Scottish Leaving Certificate Examination, 1957
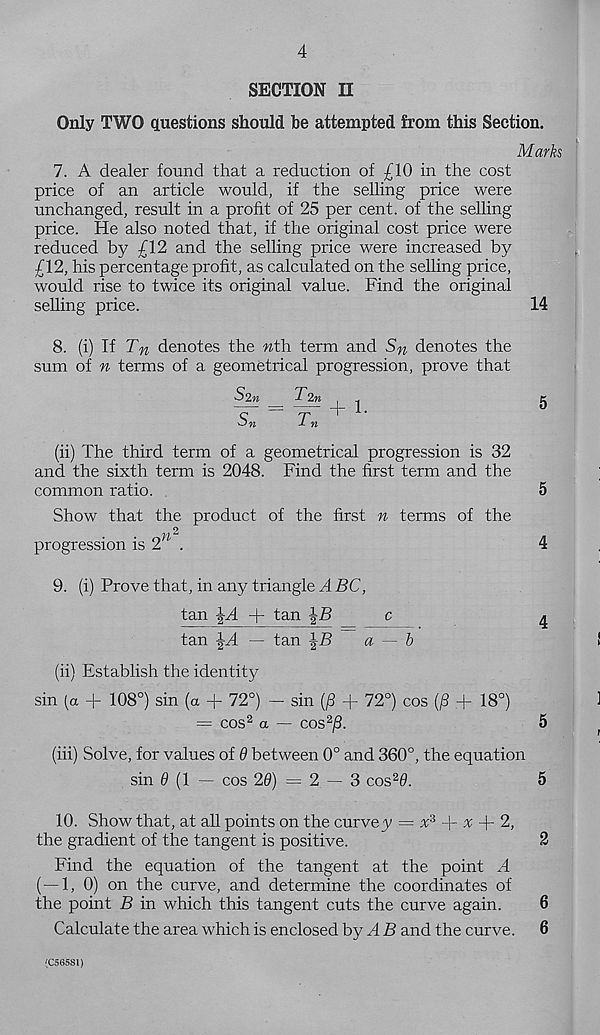
4
SECTION II
Only TWO questions should be attempted from this Section.
7. A dealer found that a reduction of £10 in the cost
price of an article would, if the selling price were
unchanged, result in a profit of 25 per cent, of the selling
price. He also noted that, if the original cost price were
reduced by £12 and the selling price were increased by
£12, his percentage profit, as calculated on the selling price,
would rise to twice its original value. Find the original
selling price.
8. (i)
T n denotes the nth. term and S n denotes the
sum of n terms of a geometrical progression, prove that
Marks
S2n
S n
= ^ + 1.
T 1
9. (i) Prove that, in any triangle A BC,
tan
+ tan
14
(ii) The third term of a geometrical progression is 32
and the sixth term is 2048. Find the first term and the
common ratio.
Show that the product of the first n terms of the
progression is 2
tan ^A — tan
a — b
(ii) Establish the identity
sin [a + 108°) sin (a + 72°) - sin (/3 + 72°) cos (£ + 18°)
— cos 2 a - cos 2 /?.
(hi) Solve, for values of 9 between 0° and 360°, the equation
sin 9 (1 — cos 20) = 2 — 3 cos 2 0.
10. Show that, at all points on the curvey = % 3 + % + 2,
the gradient of the tangent is positive.
Find the equation of the tangent at the point A
(—1, 0) on the curve, and determine the coordinates of
the point B in which this tangent cuts the curve again.
Calculate the area which is enclosed by A B and the curve.
6
6
(C56581)